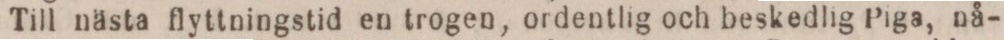
Till nästa flyttningstid en trogen, ordentlig och beskedlig Piga, nå-